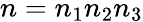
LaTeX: n=n_{1}n_{2}n_{3}